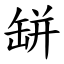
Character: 缾